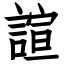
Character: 諠